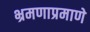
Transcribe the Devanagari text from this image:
भ्रमणाप्रमाणे